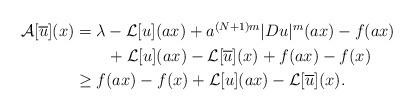
LaTeX: \begin{align*} \begin{aligned} \mathcal{A}[\overline{u}](x)&=\lambda-\mathcal{L}[u](ax)+ a^{(N+1)m}|Du|^m(ax)-f(ax)\\& \qquad+\mathcal{L}[u](ax) -\mathcal{L}[\overline{u}](x)+f(ax)-f(x)\\ &\geq f(ax)-f(x)+\mathcal{L}[u](ax)-\mathcal{L}[\overline{u}](x). \end{aligned} \end{align*}